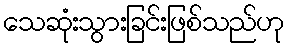
သေဆုံးသွားခြင်းဖြစ်သည်ဟု